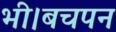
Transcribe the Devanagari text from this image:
भी।बचपन